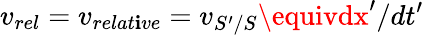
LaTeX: v_{rel}=v_{relat\mathbf{i}ve}=v_{S^{\prime}/S}\equivdx^{\prime}/dt^{\prime}